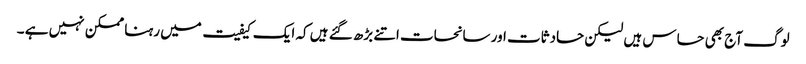
لوگ آج بھی حساس ہیں لیکن حادثات اور سانحات اتنے بڑھ گئے ہیں کہ ایک کیفیت میں رہنا ممکن نہیں ہے ۔